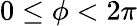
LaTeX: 0\le\phi<2\pi